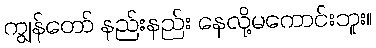
ကျွန်တော် နည်းနည်း နေလို့မကောင်းဘူး။